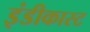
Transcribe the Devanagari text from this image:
इंडीकास्ट